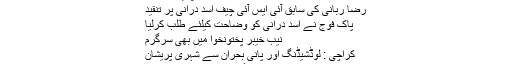
25 اپریل 2018
رضا ربانی کی سابق آئی ایس آئی چیف اسد درانی پر تنقید
پاک فوج نے اسد درانی کو وضاحت کیلئے طلب کرلیا
نیب خیبر پختونخوا میں بھی سرگرم
کراچی : لوڈشیڈنگ اور پانی بحران سے شہری پریشان
ملک میں مہنگائی میں اضافے کا خدشہ